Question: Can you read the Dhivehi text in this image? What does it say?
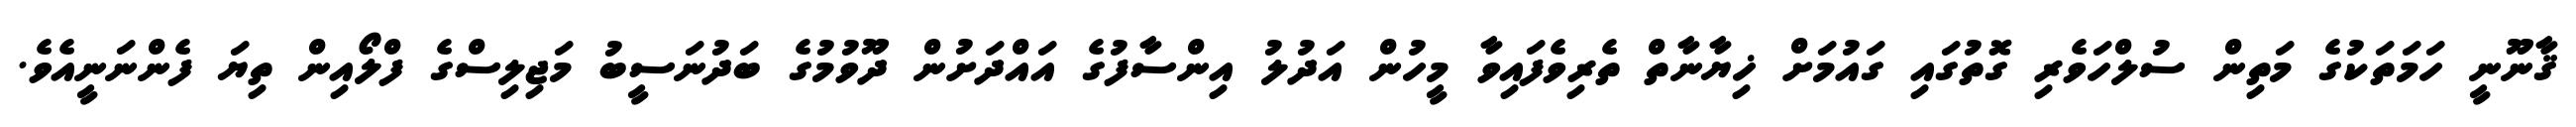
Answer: ޤާނޫނީ ހަމަތަކުގެ މަތިން ސުލްހަވެރި ގޮތުގައި ގައުމަށް ޚިޔާނާތް ތެރިވެފައިވާ މީހުން އަދުލު އިންސާފުގެ އައްދަށުން ދޫވުމުގެ ބަދުނަސީބު މަޖިލިސްގެ ފްލޯއިން ތިޔަ ފެންނަނީއެވެ.